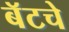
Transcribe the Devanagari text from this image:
बॅटचे